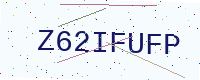
Text: Z62IFUFP